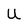
Character: U